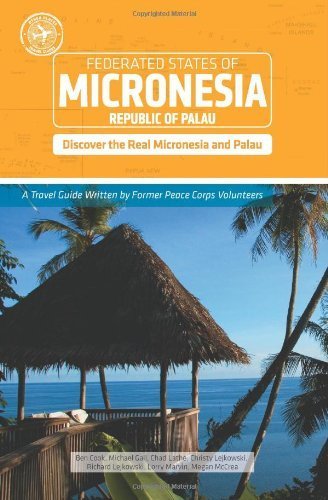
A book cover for by Ben Cook, Lorry Marvin, Chad Lathe, Megan McCrea, Christy Le Micronesia and Palau (Other Places Travel Guide) (2010) Paperback; Ben Cook; Travel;